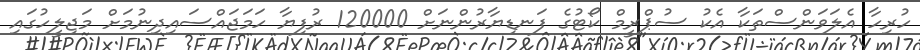
ހުރިހާ އެލަވަންސްތަކާ އެކު ސުޕްރީމް ކޯޓުގެ ފަނޑިޔާރުންނަށް 120000 ރުފިޔާ ހަމަޖައްސައިދިނުމަށް މަޖިލީހުގައި